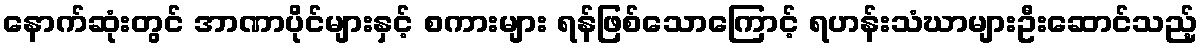
နောက်ဆုံးတွင် အာဏာပိုင်များနှင့် စကားများ ရန်ဖြစ်သောကြောင့် ရဟန်းသံဃာများဦးဆောင်သည့်